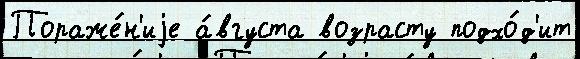
Пораже́н'иjе а́вгуста возрасту подхо́д'ит